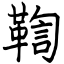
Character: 鞫